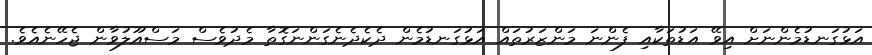
އަޅުގަނޑުމެންނަށް އިވޭ އަޑުތަކާއި ފެންނަ މަންޒަރުތައް އަޅުގަނޑުމެން ދެކެދެނެގަންނަގޮތާ މެދުވެސް މަސްއޫލުވާން ޖެހޭނެއެވެ.